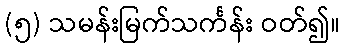
(၅) သမန်းမြက်သင်္ကန်း ဝတ်၍။